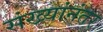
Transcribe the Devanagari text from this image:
संख्यांनंतर